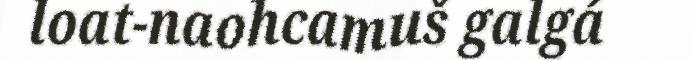
loat-naohcamuš galgá